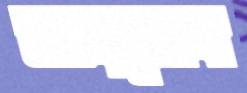
আলুচাষ